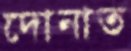
দোনাত